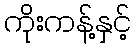
ကိုးကန့်နှင့်